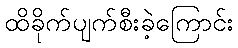
ထိခိုက်ပျက်စီးခဲ့ကြောင်း